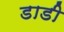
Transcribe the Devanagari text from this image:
डाडी